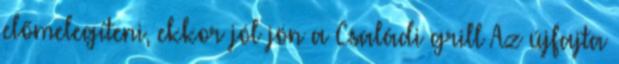
előmelegíteni, ekkor jól jön a Családi grill Az újfajta